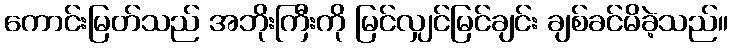
ကောင်းမြတ်သည် အဘိုးကြီးကို မြင်လျှင်မြင်ချင်း ချစ်ခင်မိခဲ့သည်။